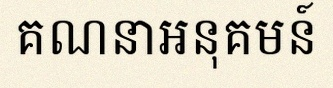
គណនាអនុគមន៍